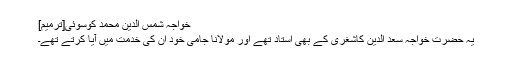
خواجہ شمس الدین محمد کوسوئی[ترمیم]
یہ حضرت خواجہ سعد الدین کاشغری کے بھی استاد تھے اور مولانا جامی خود اِن کی خدمت میں آیا کرتے تھے۔